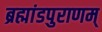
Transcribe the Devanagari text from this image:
ब्रह्मांडपुराणम्